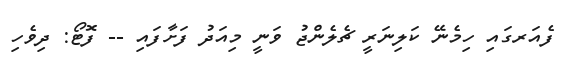
ފެއަރގައި ހިމެނޭ ކަލިނަރީ ޗެލެންޖު ވަނީ މިއަދު ފަށާފައި -- ފޮޓޯ: ދިވެހި